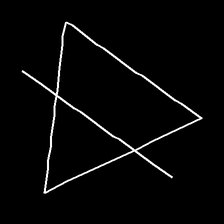
Glyph: empower